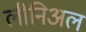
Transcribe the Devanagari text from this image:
लीनिअल